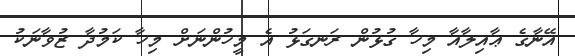
އޭނާގެ ޢާއިލާއާ މިހާ ގުޅުން ރަނގަޅު އެ މީހުންނަށް މިހާ ކަމުދާ ޒުވާނަކު